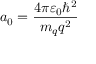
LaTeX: a _ { 0 } = { \frac { 4 \pi \varepsilon _ { 0 } \hbar ^ { 2 } } { m _ { q } q ^ { 2 } } }